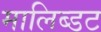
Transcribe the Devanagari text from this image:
मालिब्डट